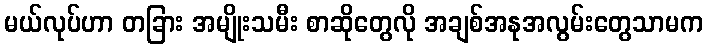
မယ်လုပ်ဟာ တခြား အမျိုးသမီး စာဆိုတွေလို အချစ်အနုအလွမ်းတွေသာမက